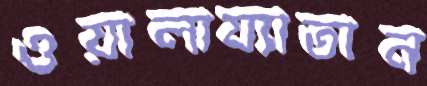
ওয়ালায্যাতান